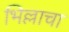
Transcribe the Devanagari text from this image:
भिल्लाचा